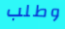
وطلب